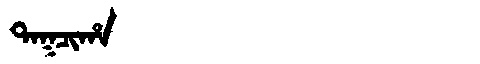
Manchu: ᡨᠠᡴᠴᡳᡥᠠ
Romanization: TAKCIHA